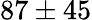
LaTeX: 87\pm 45